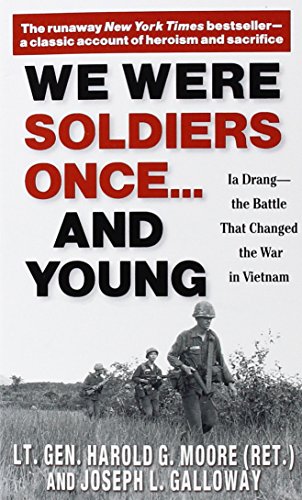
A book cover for We Were Soldiers Once...and Young: Ia Drang - The Battle That Changed the War in Vietnam; Harold G. Moore; Biographies & Memoirs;